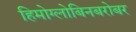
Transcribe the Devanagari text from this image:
हिमोग्लोबिनबरोबर